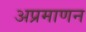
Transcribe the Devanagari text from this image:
अप्रमाणन